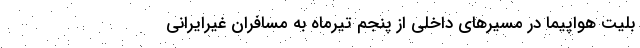
بلیت هواپیما در مسیرهای داخلی از پنجم تیرماه به مسافران غیرایرانی